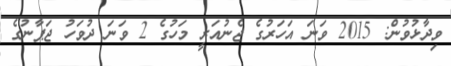
ވިދާޅުވުން: 2015 ވަނަ އަހަރުގެ ޖެނުއަރީ މަހުގެ 2 ވަނަ ދުވަހު ޖަޕާނުގެ